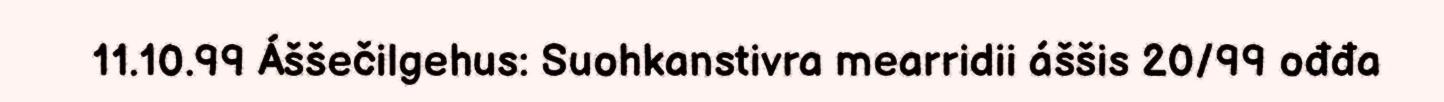
11.10.99 Áššečilgehus: Suohkanstivra mearridii áššis 20/99 ođđa